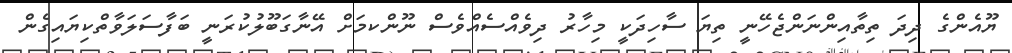
ޔޫއެންގެ ދިދަ ތިތާއިންނަންޖެހޭނީ ތިޔަ ސާހިދަކީ މިހާރު ދިވެއްސެއްވެސް ނޫންކމަށް އޭނާގަބޫލުކުރަނީ ބަފާސަލަވާތްކިޔައިގެން